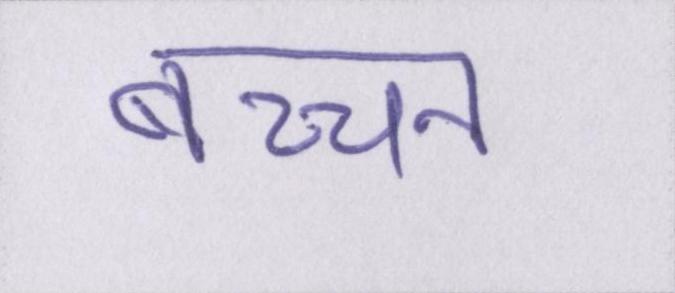
बच्चन